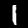
Digit: 1